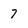
Character: 7